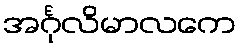
အင်္ဂုလိမာလကေ